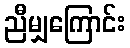
ညီမျှကြောင်း